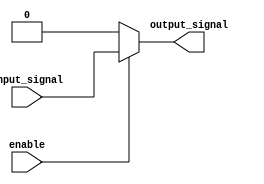
module active_high_buffer(
    input wire enable,
    input wire input_signal,
    output reg output_signal
);

always @ (enable, input_signal)
begin
    if(enable)
        output_signal <= input_signal;
    else
        output_signal <= 1'b0;  // output low when enable is low
end

endmodule